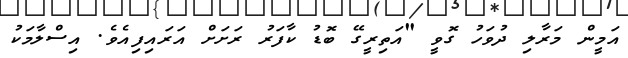
އަމީން މަރާލި ދުވަހު ގޮވީ "އަތިރީގޭ ބޮޑު ކާފަރު ރަށަށް އަރައިފިއެވެ. އިސްލާމަކު